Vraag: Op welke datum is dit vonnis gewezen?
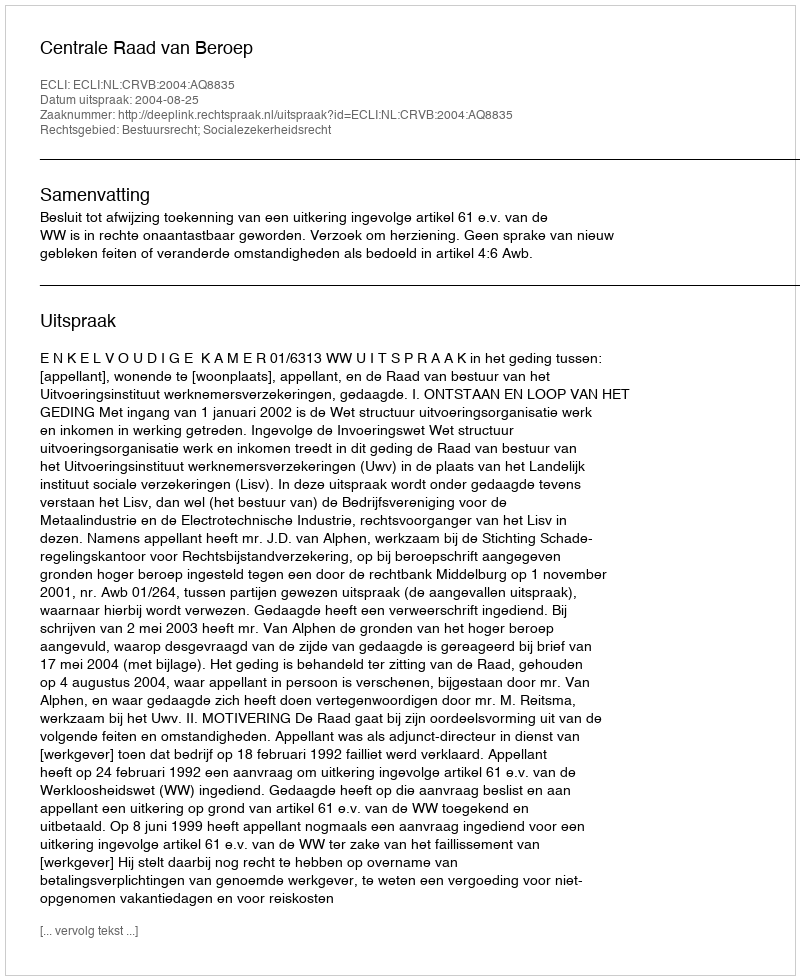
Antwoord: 2004-08-25